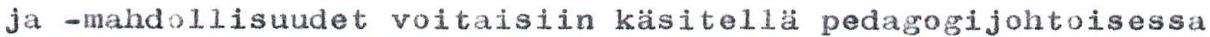
ja -mahdollisuudet voitaisiin käsitellä pedagogijohtoisessa